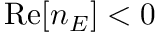
\mathrm { R e } [ n _ { E } ] < 0